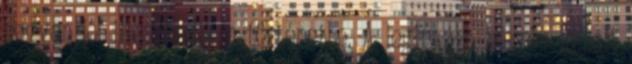
nagyon jól illeszkedik a történetbe. A leginkább helyén kezelt